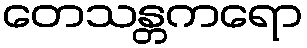
တေသန္တကရော